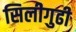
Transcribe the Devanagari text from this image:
सिलीगुढी